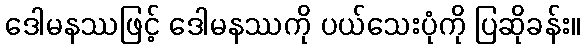
ဒေါမနဿဖြင့် ဒေါမနဿကို ပယ်သေးပုံကို ပြဆိုခန်း။